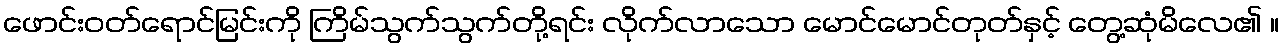
ဖောင်းဝတ်ရောင်မြင်းကို ကြိမ်သွက်သွက်တို့ရင်း လိုက်လာသော မောင်မောင်တုတ်နှင့် တွေ့ဆုံမိလေ၏ ။